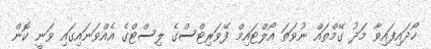
ހޯދައިފައިވާ މަދު ގޭމްތައް ނުވަތަ އޯލްޓައިމް ފޭވަރިޓްސްގެ ލިސްޓްގެ އެއްވަނައިގައި ވަނީ ކޮން